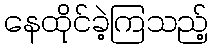
နေထိုင်ခဲ့ကြသည့်